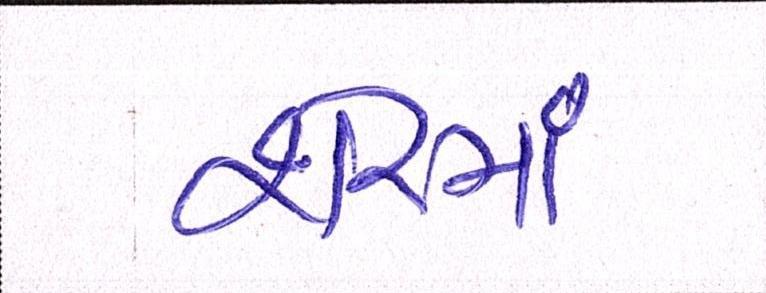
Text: શેરમાં